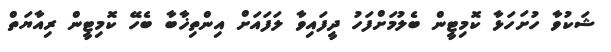
ޝަކުވާ ހުށަހަޅާ ކޮމިޓީން ބެލުމަށްފަހު ދީފައިވާ ލަފައަށް އިންތިޚާބާ ބެހޭ ކޮމިޓީން ރިއާޔަތް